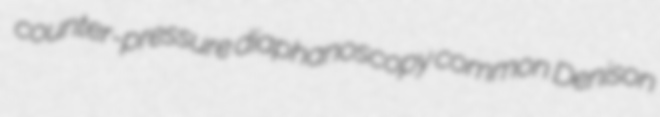
counter-pressure diaphanoscopy common Denison